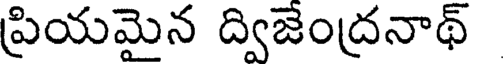
ప్రియమైన ద్విజెంద్రనాథ్